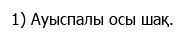
1) Ауыспалы осы шақ.